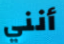
أنني